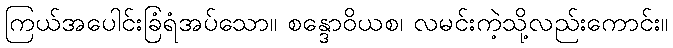
ကြယ်အပေါင်းခြံရံအပ်သော။ စန္ဒောဝိယစ၊ လမင်းကဲ့သို့လည်းကောင်း။